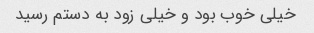
خیلی خوب بود و خیلی زود به دستم رسید